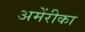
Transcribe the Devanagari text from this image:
अमेंरीका